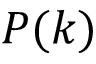
P ( k )